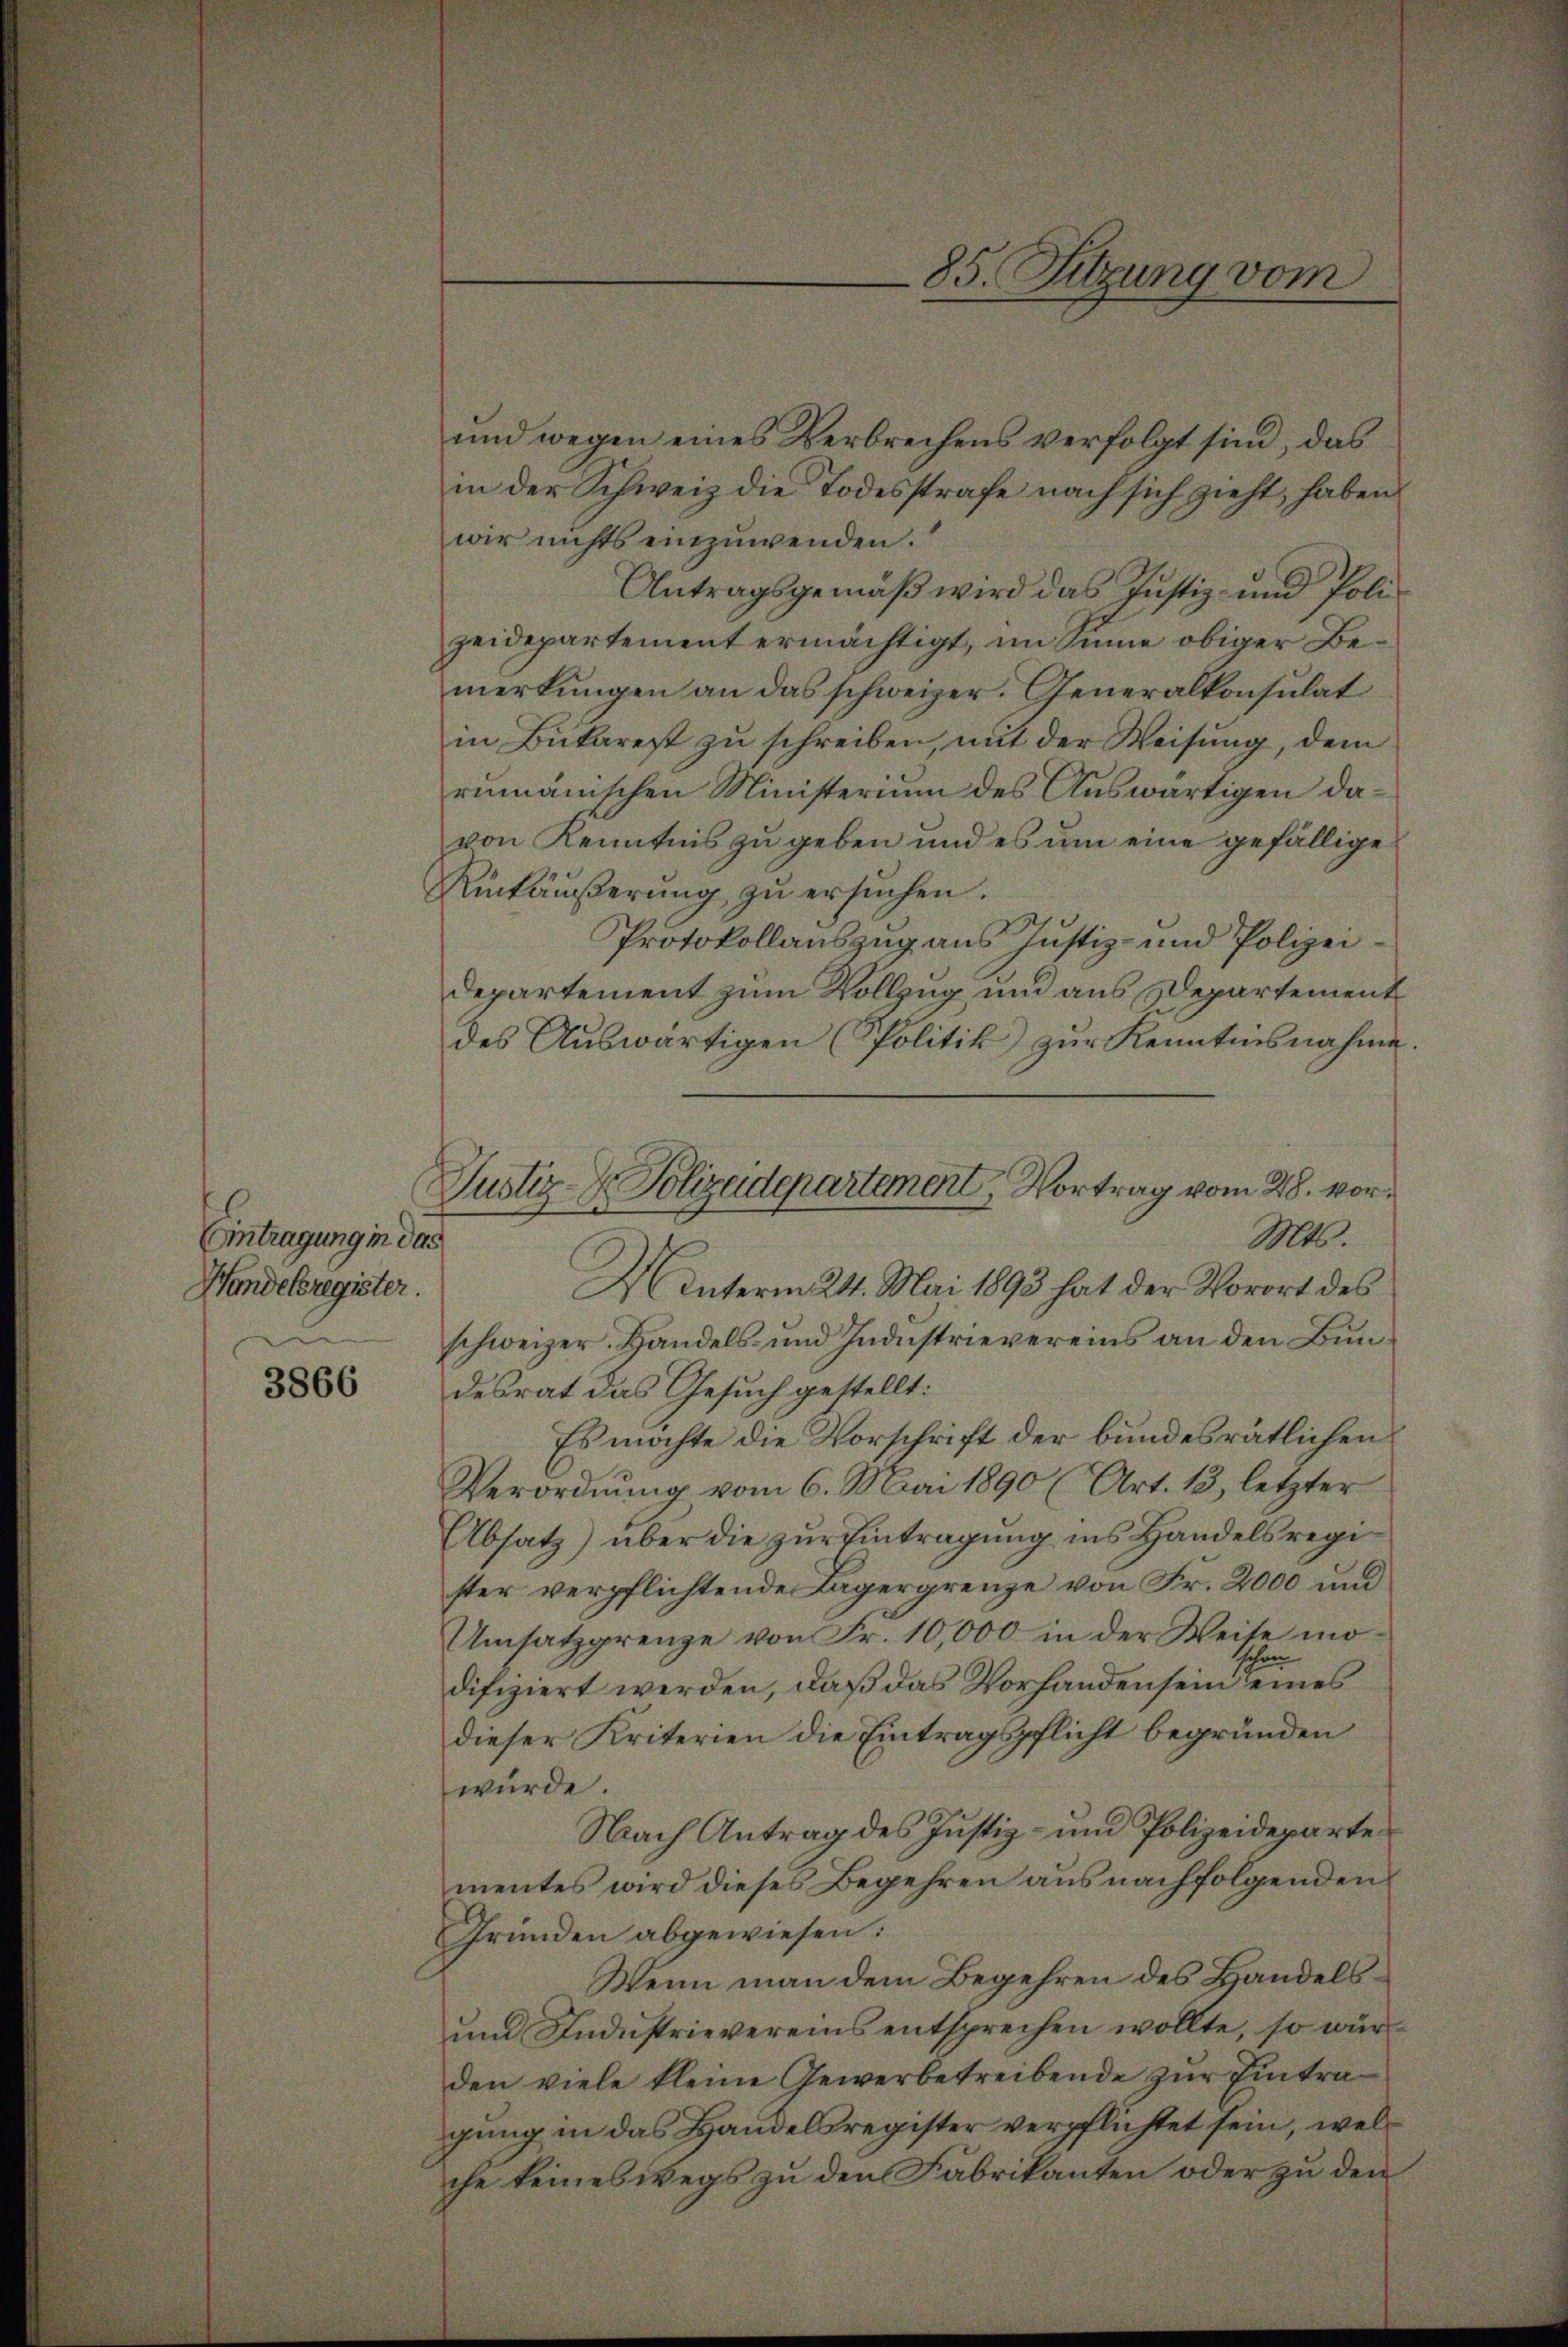
Antragung in das
Handelsregister.

3866

und wegen eines Verbrechens verfolgt sind, das
in der Schweiz die Todesstrafe nach sich zieht, haben
wir nichts einzuwenden.
Antragsgemäβ wird das Justiz- und Poli
zeidepartement ermächtigt, im Sinne obiger Bemerkungen an das schweizer. Generalkonsulat
in Bukarest zu schreiben, mit der Weisung, dem
rumänischen Ministerium des Auswärtigen davon Kenntnis zu geben und es um eine gefällige
Rükäŭβerŭng zŭ ersŭchen.
Protokollauszug aus Justiz- und Polizei¬
Departement zum Vollzug und aus Departement
des Auswärtigen (Politik zur Kenntnisnahme.
Mts.
2 Unterm 24. Mai 1893 hat der Vorort des
schweizer. Handels und Industrievereins an den Bundesrat das Gesuch gestellt:
Es möchte die Vorschrift der bundesrätlichen
Verordnung vom 6. Mai 1890 (Art. 13, letzter
Absatz) über die zur Eintragung ins Handelsregister verpflichtende Lagergrenze von Fr. 2000 und
Umsatzgrenze von Fr. 10,000 in der Weise modifiziert werden, daß das Vorhanden sein die eines
dieser Kriterien die Eintragspflicht begründen
würde.
Nach Antrag des Justiz- und Polizeideparte
mentes wird dieses Begehren aus nachfolgenden
Gründen abgewiesen:
Wenn man dem Begehren des Handels¬
und Industrievereins entsprechen wollte, so würden viele kleine Gewerbetreibende zur Eintragung in das Handelsregister verpflichtet sein, welche keineswegs zu den Fabrikanten oder zu den

Justiz- & Polizeidepartement, Vortrag vom 28. vor¬

85. Sitzung vom